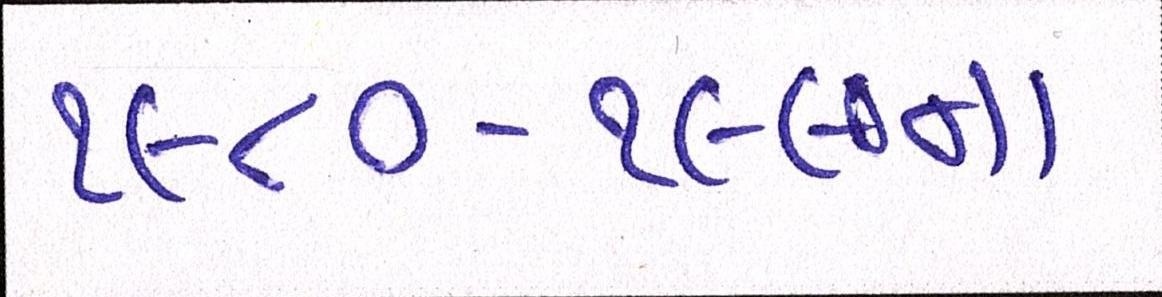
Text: ૧૯૮૦-૧૯૯૦ના